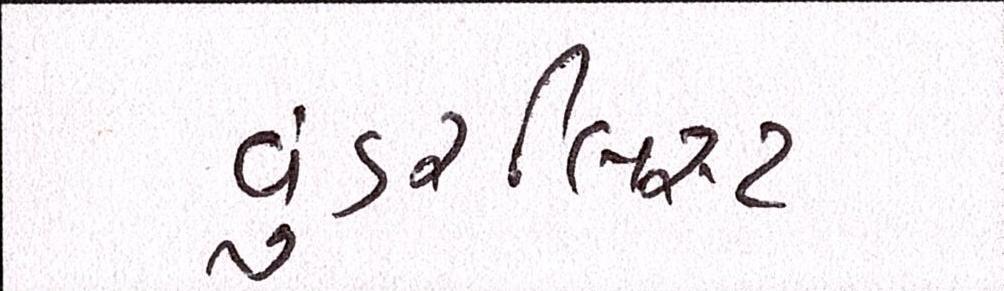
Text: વુંડરલિસ્ટ